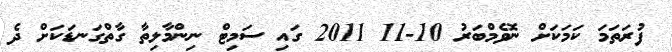
ފުރަތަމަ ކަމަކަށް ނޮވެމްބަރު 10-11 2011 ގައި ސަމިޓް ނިންމާލިތާ ގާތްގަނޑަކަށް ދެ